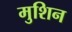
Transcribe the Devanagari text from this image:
मुशिन